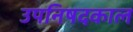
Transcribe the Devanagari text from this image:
उपनिषदकाल